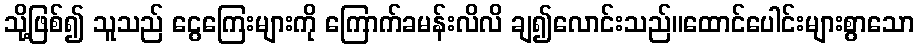
သို့ဖြစ်၍ သူသည် ငွေကြေးများကို ကြောက်ခမန်းလိလိ ချ၍လောင်းသည်။ထောင်ပေါင်းများစွာသော